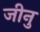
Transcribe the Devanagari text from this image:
जीनु